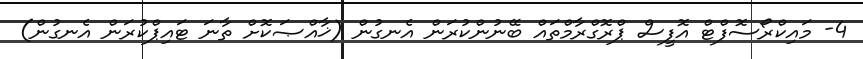
4- މައިކްރޯސޮފްޓް އޮފީސް ޕްރޮގްރާމްތައް ބޭނުންކުރަން އެނގުން (ޚާއްޞަކޮށް ތާނަ ޓައިޕްކުރަން އެނގުން)